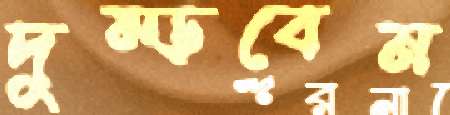
দুম্‌ড়বেন